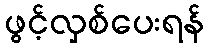
ဖွင့်လှစ်ပေးရန်